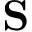
\textbf { S }